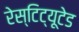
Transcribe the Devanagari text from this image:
रेस्टिट्यूटेड